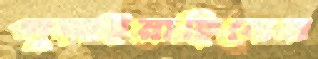
পুড়াইয়াছিলেন